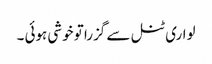
لواری ٹنل سے گزرا تو خوشی ہوئی ۔